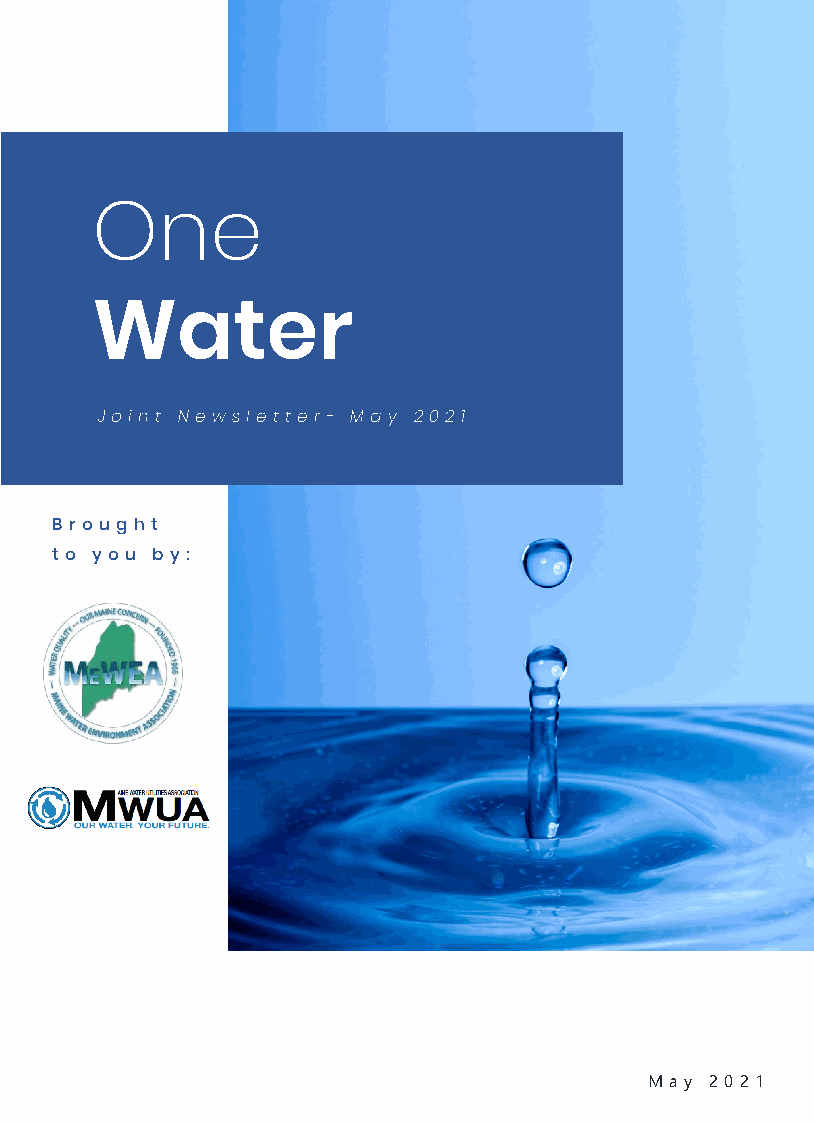
One
 Water
 J oi n t Newsl etter - M ay 2021
 Br ough t
 t o you by:
 We     Are
 Ready    To  Help   You
 Phone : +1 2334 5567
 Email : Company22@domain.com
 Address : 1234 Main Street, Texas
 Instagram : @Companyhere2019
 Twitter : @Companyhere2019
 May 2021